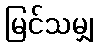
မြင်သမျှ